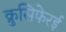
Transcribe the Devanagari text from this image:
क्रुसिफेरई